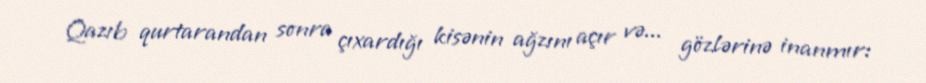
Qazıb qurtarandan sonra çıxardığı kisənin ağzını açır və... gözlərinə inanmır: